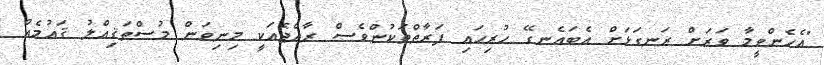
"އެހެންވީމާ ވަރަށް ރަނގަޅަށް އެބައެނގޭ ހުރިހައި ފަރާތްތަކުންވެސް ރާއްޖެއަކީ މިނިވަން މުސްތަޤިއްލު ޤައުމެއް